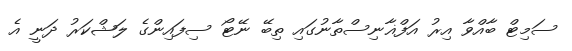
ސަމިޓް ބާއްވާ އިރު އަފްޣާނިސްތާނުގައި ތިބޭ ނޭޓޯ ސިފައިންގެ ލަޝްކަރު ދަނީ އެ